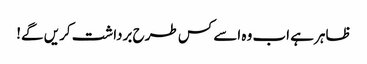
ظاہر ہے اب وہ اسے کس طرح برداشت کریں گے!